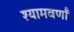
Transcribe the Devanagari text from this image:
श्यामवर्णां